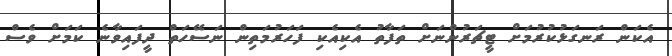
އެކަން ރަނގަޅުކުރުމަށް ޓީޗަރުންނަށް ތަފާތު އެކިއެކި ފަހަރުމަތިން ނަސޭހަތް ދީފައިވާނެ ކަމަށް ވެސް